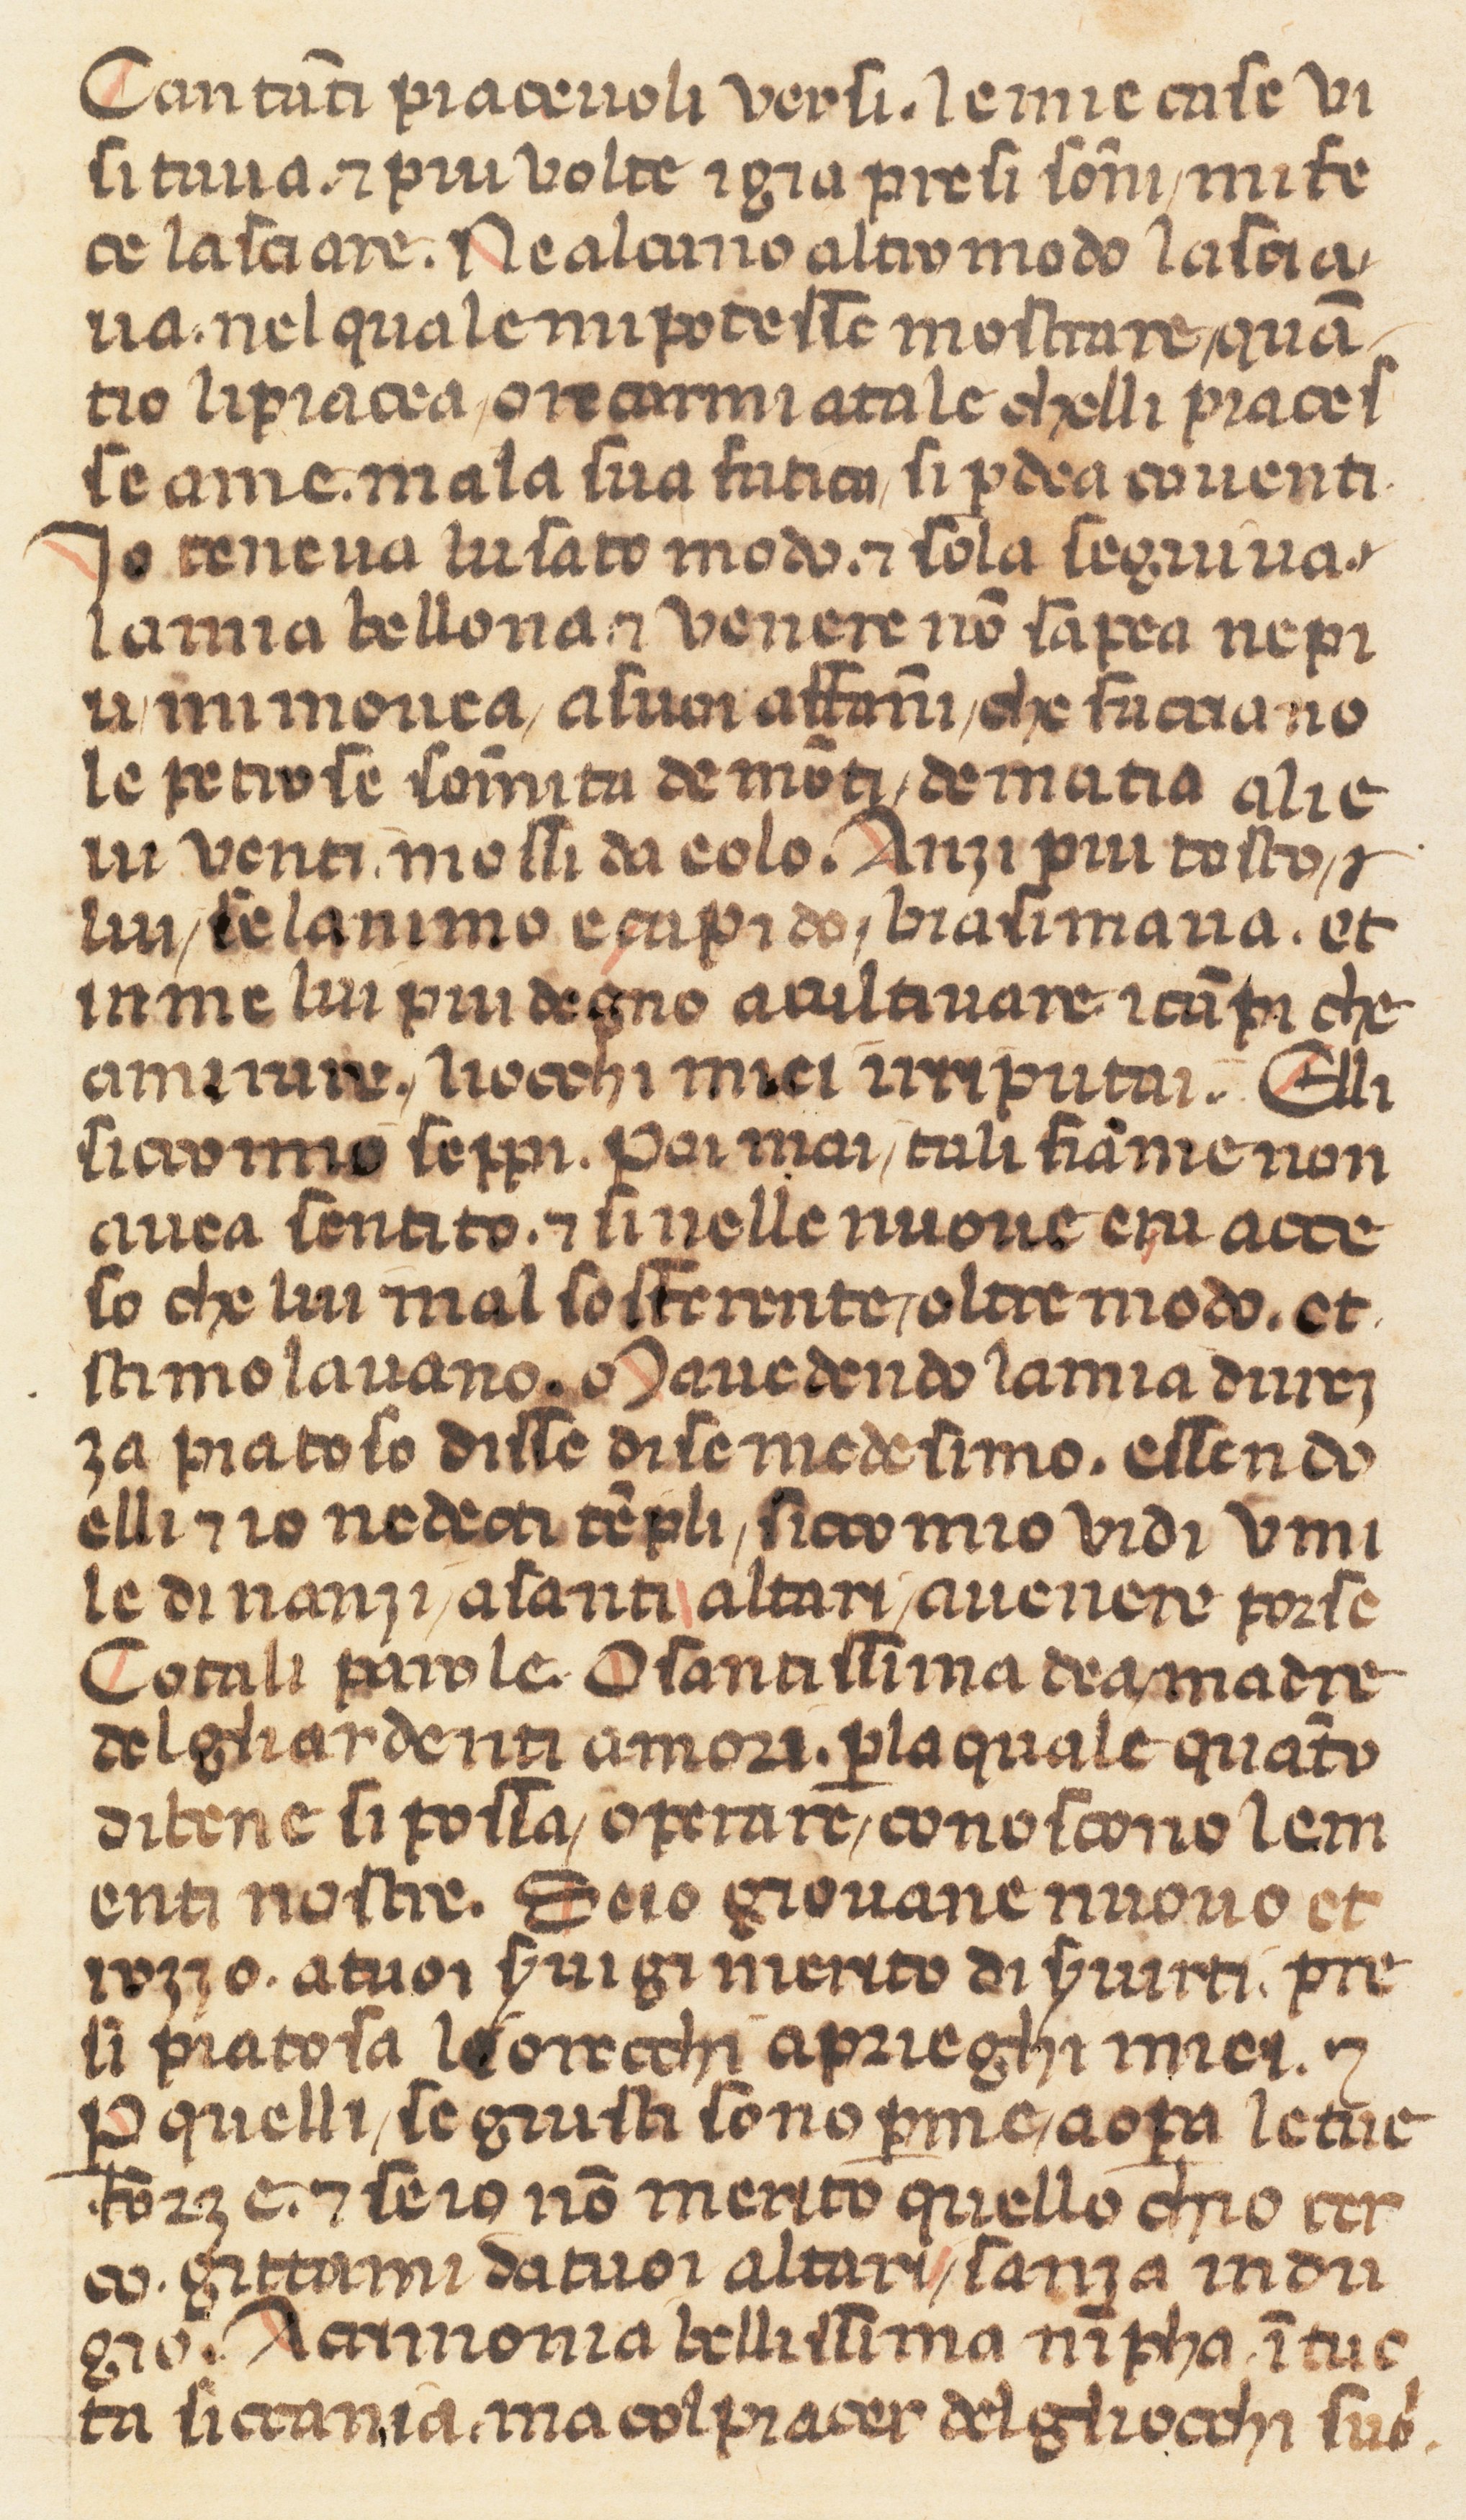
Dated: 1360–1370